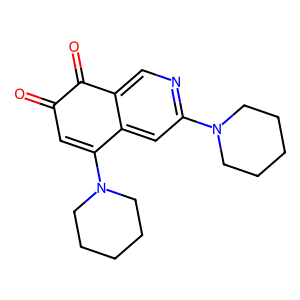
SMILES: O=C1C=C(N2CCCCC2)c2cc(N3CCCCC3)ncc2C1=O
Inhibits HIV replication: No